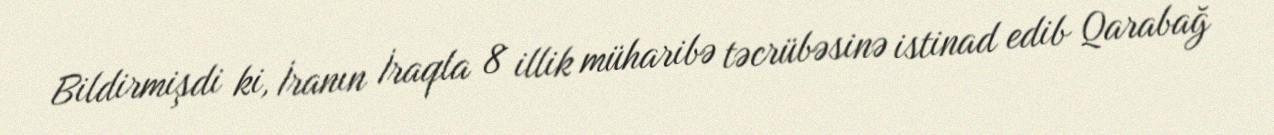
Bildirmişdi ki, İranın İraqla 8 illik müharibə təcrübəsinə istinad edib Qarabağ